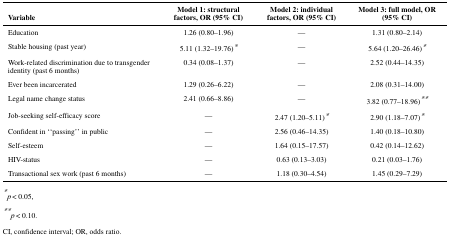
<table><thead><tr><td><b>Variable</b></td><td><b>Model 1: structural factors, OR (95% CI)</b></td><td><b>Model 2: individual factors, OR (95% CI)</b></td><td><b>Model 3: full model, OR (95% CI)</b></td></tr></thead><tbody><tr><td>Education</td><td>1.26 (0.80–1.96)</td><td>—</td><td>1.31 (0.80–2.14)</td></tr><tr><td>Stable housing (past year)</td><td>5.11 (1.32–19.76)*</td><td>—</td><td>5.64 (1.20–26.46)*</td></tr><tr><td>Work-related discrimination due to transgender identity (past 6 months)</td><td>0.34 (0.08–1.37)</td><td>—</td><td>2.52 (0.44–14.35)</td></tr><tr><td>Ever been incarcerated</td><td>1.29 (0.26–6.22)</td><td>—</td><td>2.08 (0.31–14.00)</td></tr><tr><td>Legal name change status</td><td>2.41 (0.66–8.86)</td><td>—</td><td>3.82 (0.77–18.96)**</td></tr><tr><td>Job-seeking self-efficacy score</td><td>—</td><td>2.47 (1.20–5.11)*</td><td>2.90 (1.18–7.07)*</td></tr><tr><td>Confident in ‘‘passing’’ in public</td><td>—</td><td>2.56 (0.46–14.35)</td><td>1.40 (0.18–10.80)</td></tr><tr><td>Self-esteem</td><td>—</td><td>1.64 (0.15–17.57)</td><td>0.42 (0.14–12.62)</td></tr><tr><td>HIV-status</td><td>—</td><td>0.63 (0.13–3.03)</td><td>0.21 (0.03–1.76)</td></tr><tr><td>Transactional sex work (past 6 months)</td><td>—</td><td>1.18 (0.30–4.54)</td><td>1.45 (0.29–7.29)</td></tr></tbody></table>